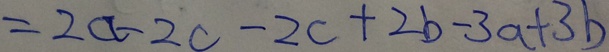
= 2 a - 2 c - 2 c + 2 b - 3 a + 3 b